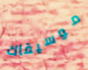
موسيقاك